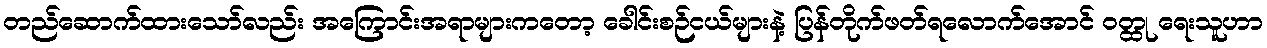
တည်ဆောက်ထားသော်လည်း အကြောင်းအရာများကတော့ ခေါင်းစဉ်ငယ်များနဲ့ ပြန်တိုက်ဖတ်ရလောက်အောင် ဝတ္ထု ရေးသူဟာ